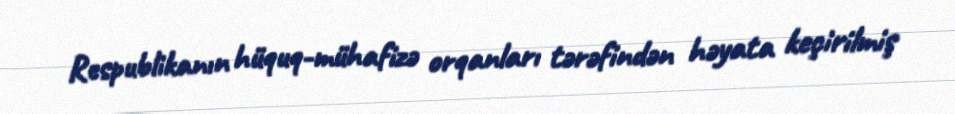
Respublikanın hüquq-mühafizə orqanları tərəfindən həyata keçirilmiş